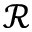
\mathcal { R }